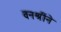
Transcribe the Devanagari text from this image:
वनश्रींने